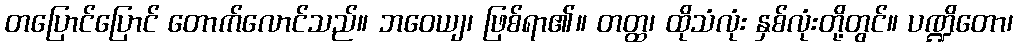
တပြောင်ပြောင် တောက်လောင်သည်။ ဘဝေယျ၊ ဖြစ်ရာ၏။ တတ္ထ၊ ထိုသံလုံး နှစ်လုံးတို့တွင်။ ပဏ္ဍိတော၊